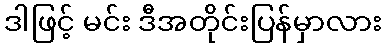
ဒါဖြင့် မင်း ဒီအတိုင်းပြန်မှာလား